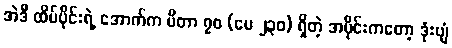
အဲဒီ ထိပ်ပိုင်းရဲ့ အောက်က မီတာ ၇၀ (ပေ ၂၃၀) ရှိတဲ့ အပိုင်းကတော့ ဒုံးပျံ